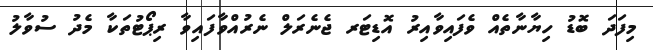
މިފަދަ ބޮޑު ހިޔާނާތެއް ވެފައިވާއިރު އޮޑިޓަރ ޖެނެރަލް ނެރުއްވާފައިވާ ރިޕޯޓުތަކާ މެދު ސުވާލު